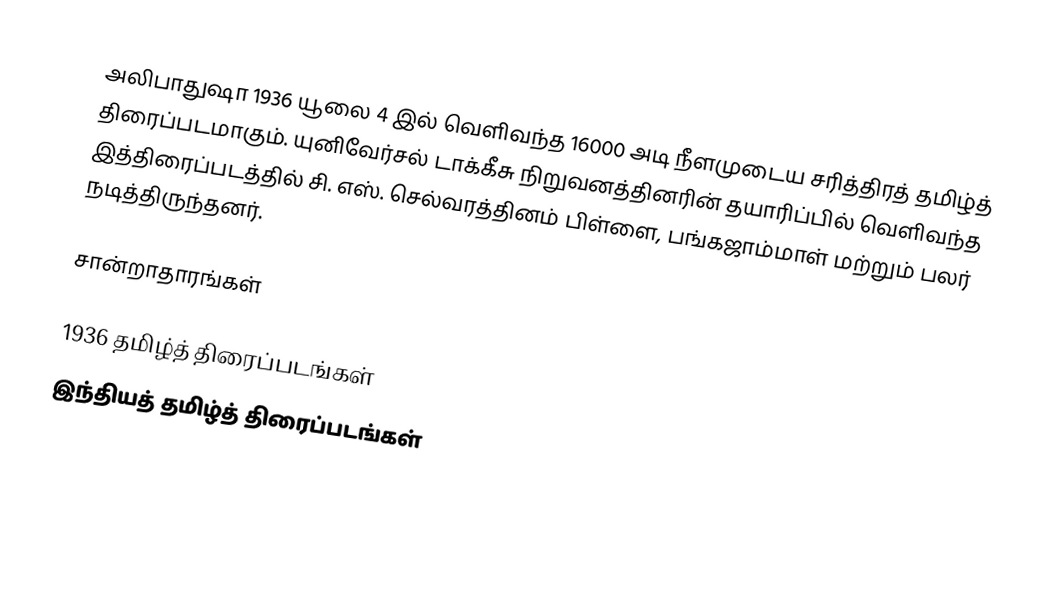
அலிபாதுஷா 1936 யூலை 4 இல் வெளிவந்த 16000 அடி நீளமுடைய சரித்திரத் தமிழ்த் திரைப்படமாகும். யுனிவேர்சல் டாக்கீசு நிறுவனத்தினரின் தயாரிப்பில் வெளிவந்த இத்திரைப்படத்தில் சி. எஸ். செல்வரத்தினம் பிள்ளை, பங்கஜாம்மாள் மற்றும் பலர் நடித்திருந்தனர்.

சான்றாதாரங்கள்

1936 தமிழ்த் திரைப்படங்கள்
இந்தியத் தமிழ்த் திரைப்படங்கள்